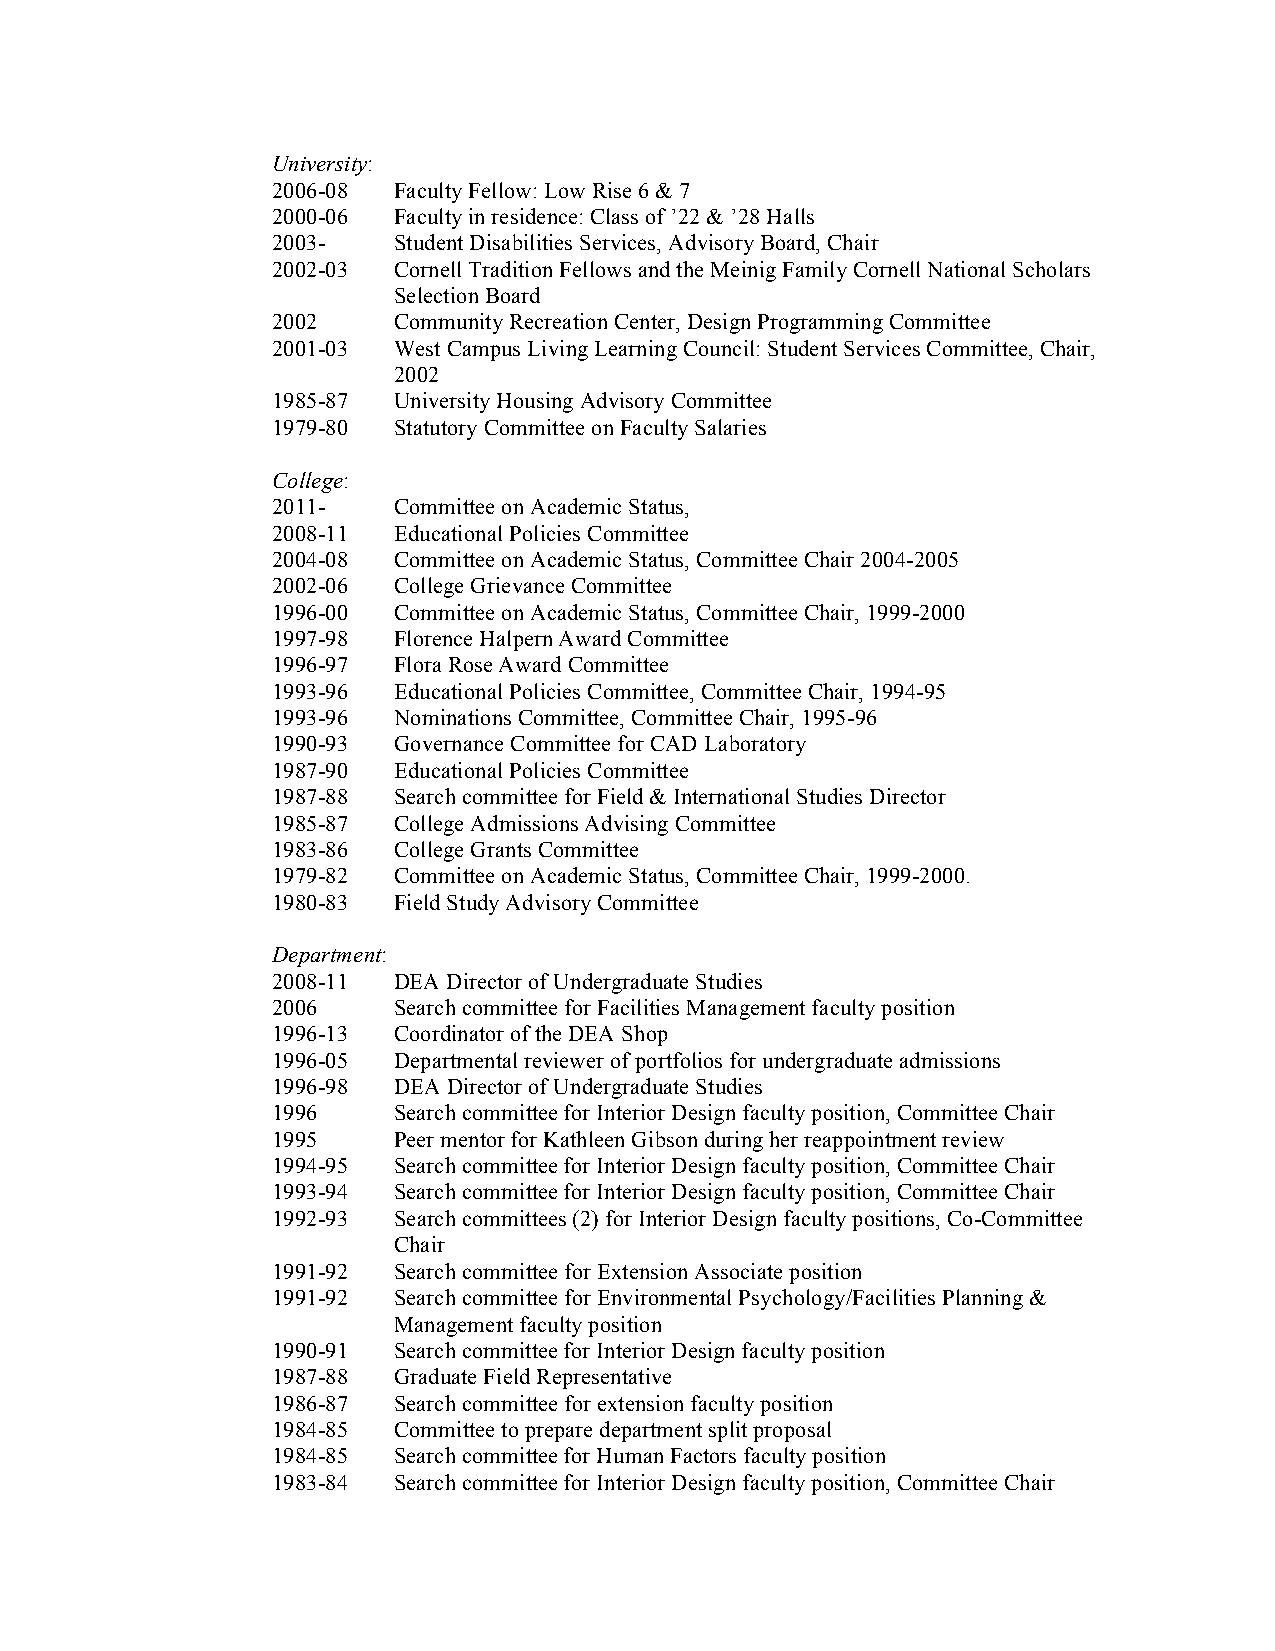
University:
 2006-08 Faculty Fellow: Low Rise 6 & 7
 2000-06 Faculty in residence: Class of ’22 & ’28 Halls
 2003-   Student Disabilities Services, Advisory Board, Chair
 2002-03 Cornell Tradition Fellows and the Meinig Family Cornell National Scholars
 Selection Board
 2002    Community Recreation Center, Design Programming Committee
 2001-03 West Campus Living Learning Council: Student Services Committee, Chair,
 2002
 1985-87 University Housing Advisory Committee
 1979-80 Statutory Committee on Faculty Salaries
 College:
 2011-   Committee on Academic Status,
 2008-11 Educational Policies Committee
 2004-08 Committee on Academic Status, Committee Chair 2004-2005
 2002-06 College Grievance Committee
 1996-00 Committee on Academic Status, Committee Chair, 1999-2000
 1997-98 Florence Halpern Award Committee
 1996-97 Flora Rose Award Committee
 1993-96 Educational Policies Committee, Committee Chair, 1994-95
 1993-96 Nominations Committee, Committee Chair, 1995-96
 1990-93 Governance Committee for CAD Laboratory
 1987-90 Educational Policies Committee
 1987-88 Search committee for Field & International Studies Director
 1985-87 College Admissions Advising Committee
 1983-86 College Grants Committee
 1979-82 Committee on Academic Status, Committee Chair, 1999-2000.
 1980-83 Field Study Advisory Committee
 Department:
 2008-11 DEA Director of Undergraduate Studies
 2006    Search committee for Facilities Management faculty position
 1996-13 Coordinator of the DEA Shop
 1996-05 Departmental reviewer of portfolios for undergraduate admissions
 1996-98 DEA Director of Undergraduate Studies
 1996    Search committee for Interior Design faculty position, Committee Chair
 1995    Peer mentor for Kathleen Gibson during her reappointment review
 1994-95 Search committee for Interior Design faculty position, Committee Chair
 1993-94 Search committee for Interior Design faculty position, Committee Chair
 1992-93 Search committees (2) for Interior Design faculty positions, Co-Committee
 Chair
 1991-92 Search committee for Extension Associate position
 1991-92 Search committee for Environmental Psychology/Facilities Planning &
 Management faculty position
 1990-91 Search committee for Interior Design faculty position
 1987-88 Graduate Field Representative
 1986-87 Search committee for extension faculty position
 1984-85 Committee to prepare department split proposal
 1984-85 Search committee for Human Factors faculty position
 1983-84 Search committee for Interior Design faculty position, Committee Chair